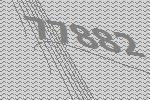
77882